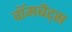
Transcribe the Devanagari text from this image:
वॉमबैट्स